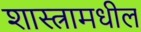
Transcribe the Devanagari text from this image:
शास्त्रामधील